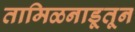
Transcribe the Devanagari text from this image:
तामिळनाडूतून